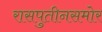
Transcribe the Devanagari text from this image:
रासपुतीनसमोर